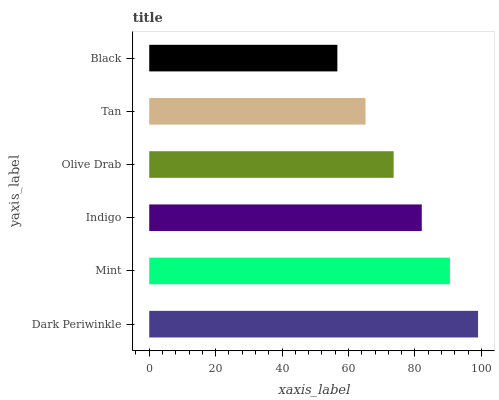
| yaxis_label | bars |
 | --- | --- |
 | Dark Periwinkle | 99 |
 | Mint | 90.5 |
 | Indigo | 82.1 |
 | Olive Drab | 73.6 |
 | Tan | 65.1 |
 | Black | 56.6 |